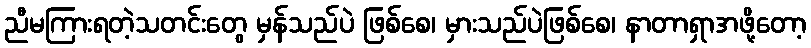
ညီမကြားရတဲ့သတင်းတွေ မှန်သည်ပဲ ဖြစ်စေ၊ မှားသည်ပဲဖြစ်စေ၊ နာတာရှာအဖို့တော့